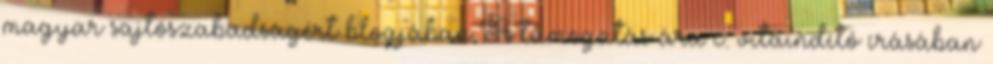
magyar sajtószabadságért blogjában A támogatás ára c. vitaindító írásában